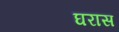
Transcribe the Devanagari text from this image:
घरास